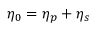
\eta _ { 0 } = \eta _ { p } + \eta _ { s }